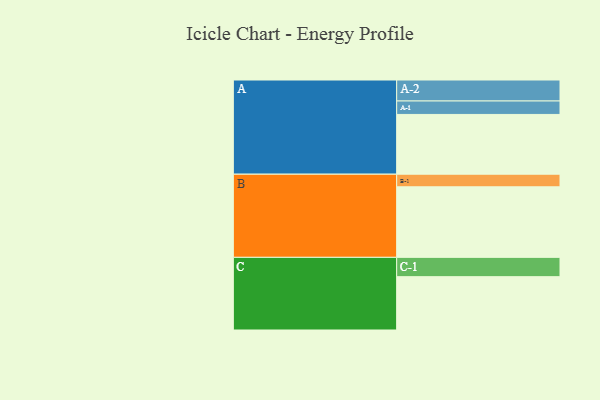
{"axis": {"x": "Segment", "y": "Value"}, "legend": ["", "A", "B", "C"], "data": [{"x": "A", "y": 399, "type": ""}, {"x": "B", "y": 471, "type": ""}, {"x": "C", "y": 356, "type": ""}, {"x": "A-1", "y": 90, "type": "A"}, {"x": "A-2", "y": 140, "type": "A"}, {"x": "B-1", "y": 84, "type": "B"}, {"x": "C-1", "y": 129, "type": "C"}]}